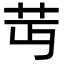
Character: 𦬛